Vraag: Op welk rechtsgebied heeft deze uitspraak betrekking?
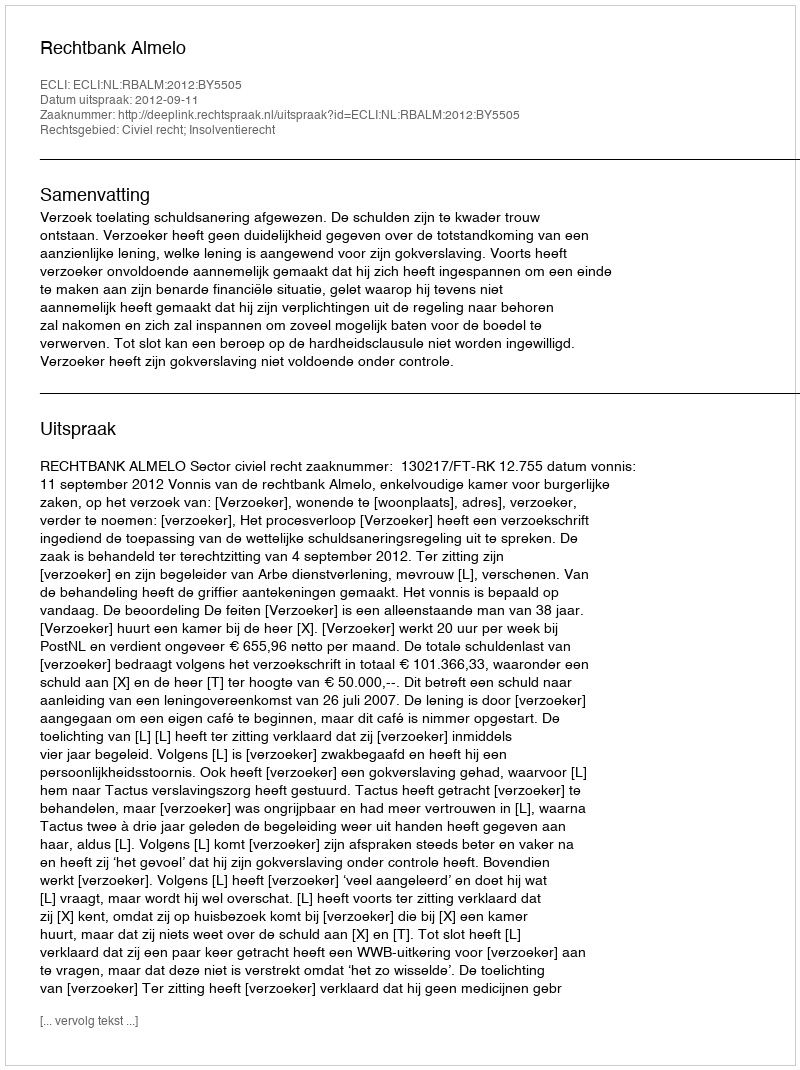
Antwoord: Civiel recht; Insolventierecht